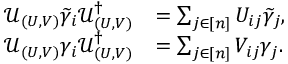
\begin{array} { r l } { \mathcal { U } _ { ( U , V ) } \widetilde { \gamma } _ { i } \mathcal { U } _ { ( U , V ) } ^ { \dagger } } & { = \sum _ { j \in [ n ] } U _ { i j } \widetilde { \gamma } _ { j } , } \\ { \mathcal { U } _ { ( U , V ) } \gamma _ { i } \mathcal { U } _ { ( U , V ) } ^ { \dagger } } & { = \sum _ { j \in [ n ] } V _ { i j } \gamma _ { j } . } \end{array}